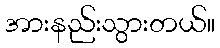
အားနည်းသွားတယ်။